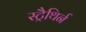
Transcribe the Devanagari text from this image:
स्ट्रैथिर्न